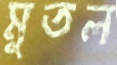
মুতল